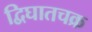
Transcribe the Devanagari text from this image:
द्विघातचक्र